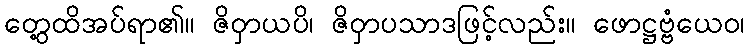
တွေ့ထိအပ်ရာ၏။ ဇိဝှာယပိ၊ ဇိဝှာပသာဒဖြင့်လည်း။ ဖောဋ္ဌဗ္ဗံယေဝ၊